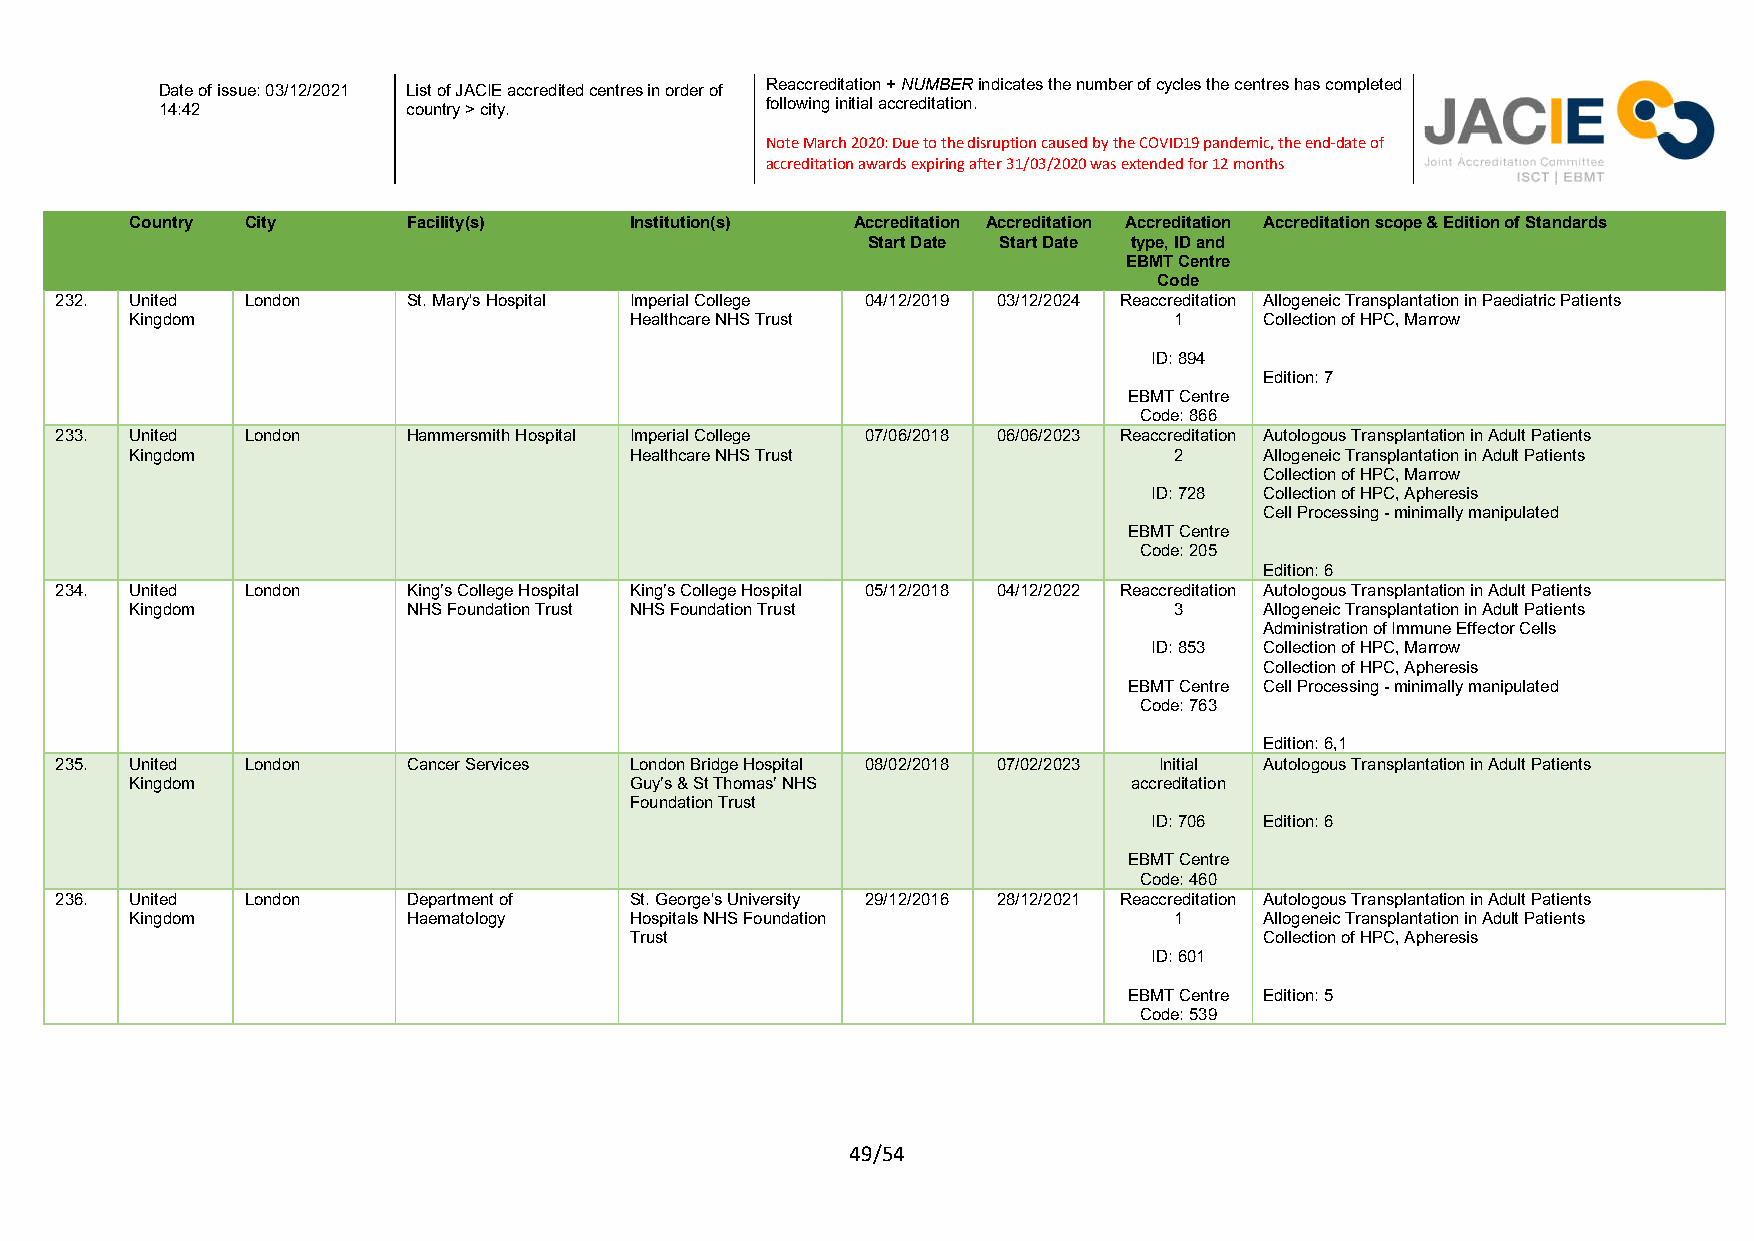
Reaccreditation + NUMBER indicates the number of cycles the centres has completed
 Date of issue: 03/12/2021 List of JACIE accredited centres in order of
 following initial accreditation.
 14:42           country > city.
 Note March 2020: Due to the disruption caused by the COVID19 pandemic, the end-date of
 accreditation awards expiring after 31/03/2020 was extended for 12 months
 Country City      Facility(s)    Institution(s) Accreditation Accreditation Accreditation Accreditation scope & Edition of Standards
 Start Date Start Date type, ID and
 EBMT Centre
 Code
 232. United London     St. Mary's Hospital Imperial College 04/12/2019 03/12/2024 Reaccreditation Allogeneic Transplantation in Paediatric Patients
 Kingdom                          Healthcare NHS Trust                1     Collection of HPC, Marrow
 ID: 894
 Edition: 7
 EBMT Centre
 Code: 866
 233. United London     Hammersmith Hospital Imperial College 07/06/2018 06/06/2023 Reaccreditation Autologous Transplantation in Adult Patients
 Kingdom                          Healthcare NHS Trust                2     Allogeneic Transplantation in Adult Patients
 Collection of HPC, Marrow
 ID: 728 Collection of HPC, Apheresis
 Cell Processing - minimally manipulated
 EBMT Centre
 Code: 205
 Edition: 6
 234. United London     King’s College Hospital King’s College Hospital 05/12/2018 04/12/2022 Reaccreditation Autologous Transplantation in Adult Patients
 Kingdom           NHS Foundation Trust NHS Foundation Trust          3     Allogeneic Transplantation in Adult Patients
 Administration of Immune Effector Cells
 ID: 853 Collection of HPC, Marrow
 Collection of HPC, Apheresis
 EBMT Centre Cell Processing - minimally manipulated
 Code: 763
 Edition: 6,1
 235. United London     Cancer Services London Bridge Hospital 08/02/2018 07/02/2023 Initial Autologous Transplantation in Adult Patients
 Kingdom                          Guy’s & St Thomas’ NHS           accreditation
 Foundation Trust
 ID: 706 Edition: 6
 EBMT Centre
 Code: 460
 236. United London     Department of  St. George's University 29/12/2016 28/12/2021 Reaccreditation Autologous Transplantation in Adult Patients
 Kingdom           Haematology    Hospitals NHS Foundation            1     Allogeneic Transplantation in Adult Patients
 Trust                                     Collection of HPC, Apheresis
 ID: 601
 EBMT Centre Edition: 5
 Code: 539
 49/54